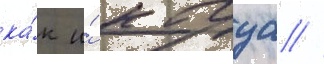
ка́к и́ кагуа //